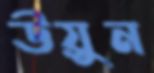
উয়ুন